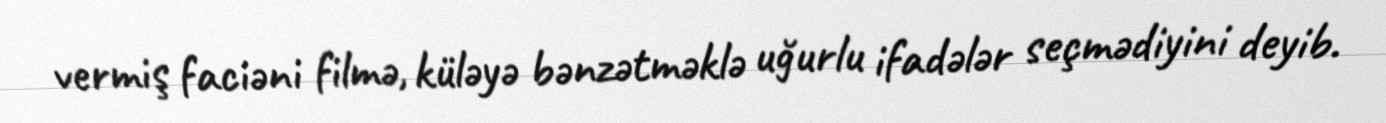
vermiş faciәni filmә, külәyә bәnzәtmәklә uğurlu ifadәlәr seçmədiyini deyib.